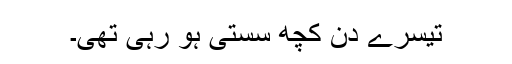
تیسرے دن کچھ سستی ہو رہی تھی۔